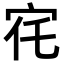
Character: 𡧜